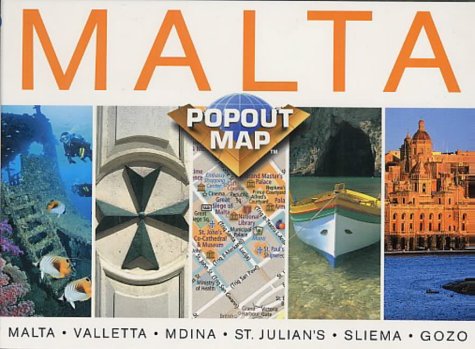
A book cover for Malta (Europe Popout Maps); Compass Maps; Travel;